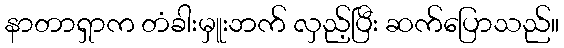
နာတာရှာက တံခါးမှူးဘက် လှည့်ပြီး ဆက်ပြောသည်။